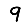
Digit: 9